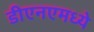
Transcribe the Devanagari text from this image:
डीएनएमध्ये